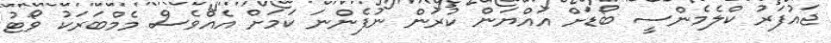
ޖައުފަރު ކްލެމެންސީ ބޯޑަށް އައްޔަން ކުރަން ނުފެންނަ ކަމަށް އެއްވެސް މެމްބަރަކު ވޯޓު